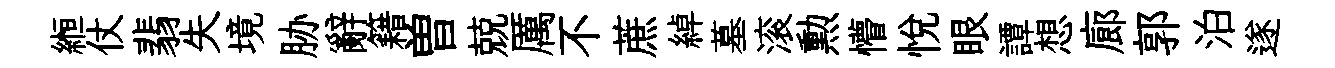
縆仗翡失境胁辭籍曽兢厲不蔗綽墓滚勲懵悅眼譚想廊郭泊遂